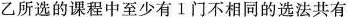
乙所选的课程中至少有1门不相同的选法共有